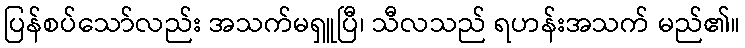
ပြန်စပ်သော်လည်း အသက်မရှူပြီ၊ သီလသည် ရဟန်းအသက် မည်၏။